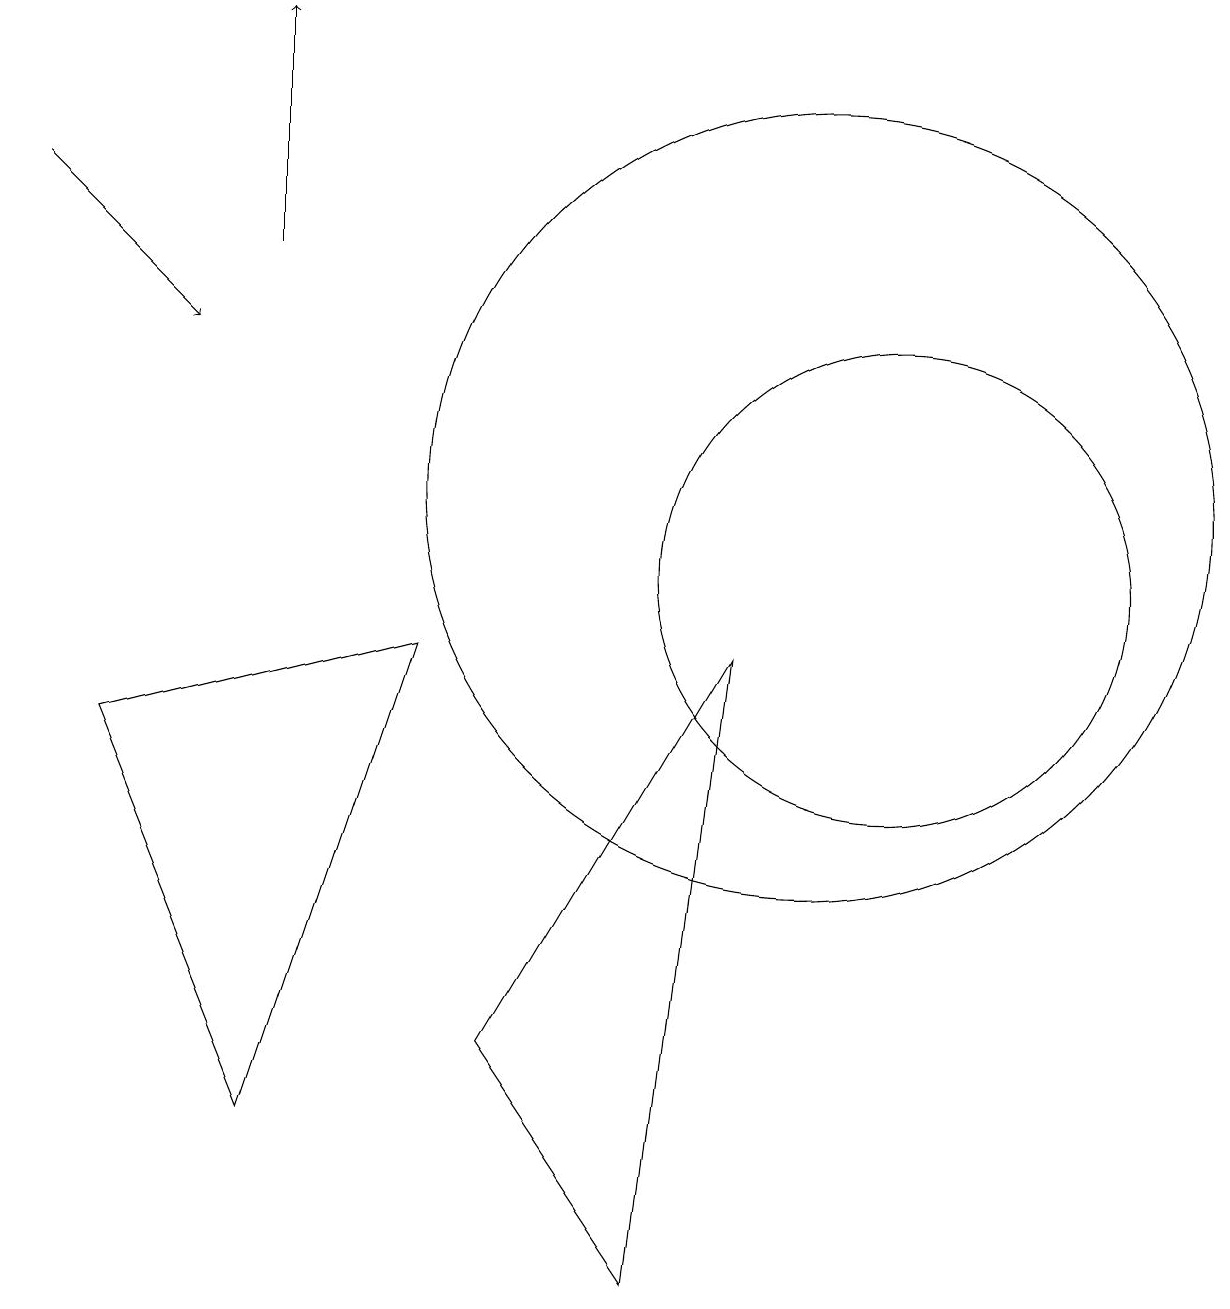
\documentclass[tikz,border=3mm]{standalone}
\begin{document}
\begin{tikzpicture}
\draw (11,10) circle (3);
\draw (10,11) circle (5);
\draw (6,4) -- (8,1) -- (9,9) -- cycle;
\draw (1,8) -- (3,3) -- (5,9) -- cycle;
\draw[->] (0,15) -- (2,13);
\draw[->] (3,14) -- (3,17);
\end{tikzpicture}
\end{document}